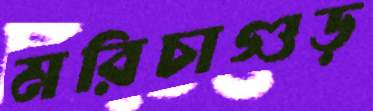
মরিচাগুড়